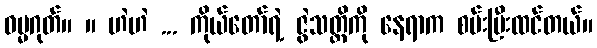
ဓမ္မဂုတ်။ ။ ဟဲဟဲ ... ကိုယ်တော်ရဲ့ ဇွဲသတ္တိကို နေရာက စမ်းပြီးထင်တယ်။